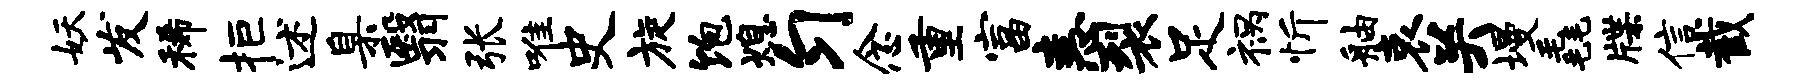
妖发稀拒述臬翳张唯史旋饱熄匀念重富恚裂足祸忻舳哀关墁毳牒信截